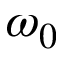
\omega _ { 0 }